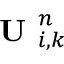
\textbf { U } _ { i , k } ^ { n }